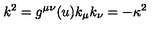
k ^ { 2 } = g ^ { \mu \nu } ( u ) k _ { \mu } k _ { \nu } = - \kappa ^ { 2 }